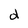
Character: d